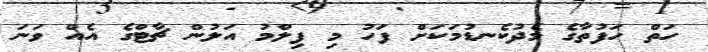
ހަތް ހަފުތާގެ މެދުކެނޑުމަކަށް ފަހު މި ފިލްމު އަލުން ޗާޓްގެ އެއް ވަނަ